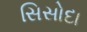
સિસોદા